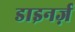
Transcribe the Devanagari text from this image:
डाइनर्ज़